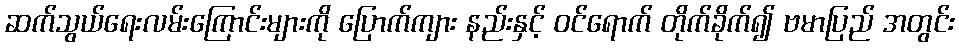
ဆက်သွယ်ရေးလမ်းကြောင်းများကို ပြောက်ကျား နည်းနှင့် ဝင်ရောက် တိုက်ခိုက်၍ ဗမာပြည် အတွင်း